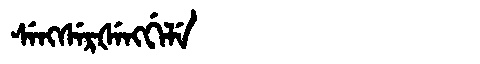
Manchu: ᠰᡝᠩᠰᡝᡵᡧᡝᠩᡤᡝᠯᡝ
Romanization: SENGSERŠENGGELE